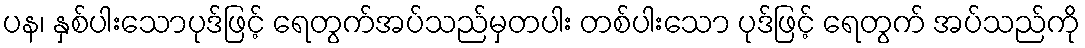
ပန၊ နှစ်ပါးသောပုဒ်ဖြင့် ရေတွက်အပ်သည်မှတပါး တစ်ပါးသော ပုဒ်ဖြင့် ရေတွက် အပ်သည်ကို